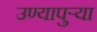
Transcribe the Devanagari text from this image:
उण्यापुर्‍या